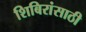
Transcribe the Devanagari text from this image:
शिबिरांसाठी